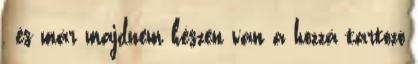
, és már majdnem készen van a hozzá tartozó